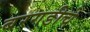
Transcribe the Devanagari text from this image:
बरगडीचे